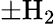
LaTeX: \pm\mathrm{H_{2}}